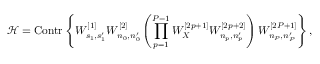
\mathcal { H } = \mathrm { C o n t r } \left\{ W _ { s _ { 1 } , s _ { 1 } ^ { \prime } } ^ { [ 1 ] } W _ { n _ { 0 } , n _ { 0 } ^ { \prime } } ^ { [ 2 ] } \left( \prod _ { p = 1 } ^ { P - 1 } W _ { X } ^ { [ 2 p + 1 ] } W _ { n _ { p } , n _ { p } ^ { \prime } } ^ { [ 2 p + 2 ] } \right) W _ { n _ { P } , n _ { P } ^ { \prime } } ^ { [ 2 P + 1 ] } \right\} ,